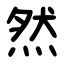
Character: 然